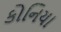
કોનિયા